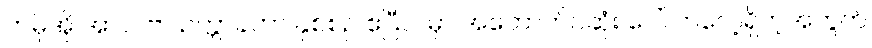
ကမိုအို အာလဗာ ဥက္ကာခဲဟာ နှစ်စဉ် ဧပြီလမှာ အတောက်ပဆုံး ပေါ်လာလေ့ရှိတဲ့အတွက်